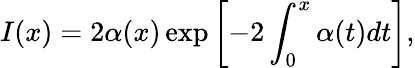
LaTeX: I(x)=2\alpha(x)\exp{\left[-2\int_{0}^{x}\alpha(t)dt\right]},